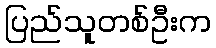
ပြည်သူတစ်ဦးက